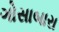
ગોસાબારા